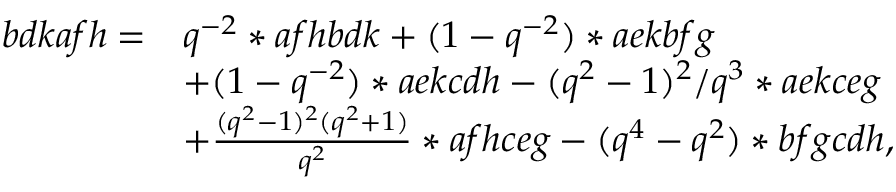
\begin{array} { r l } { b d k a f h = } & { q ^ { - 2 } * a f h b d k + ( 1 - q ^ { - 2 } ) * a e k b f g } \\ & { + ( 1 - q ^ { - 2 } ) * a e k c d h - ( q ^ { 2 } - 1 ) ^ { 2 } / q ^ { 3 } * a e k c e g } \\ & { + \frac { ( q ^ { 2 } - 1 ) ^ { 2 } ( q ^ { 2 } + 1 ) } { q ^ { 2 } } * a f h c e g - ( q ^ { 4 } - q ^ { 2 } ) * b f g c d h , } \end{array}